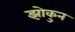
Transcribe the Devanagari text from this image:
झोकुन